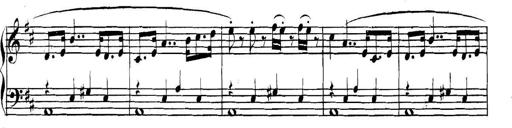
Title: Collected Piano Sonatas
Composer: Muzio Clementi